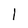
Character: 1